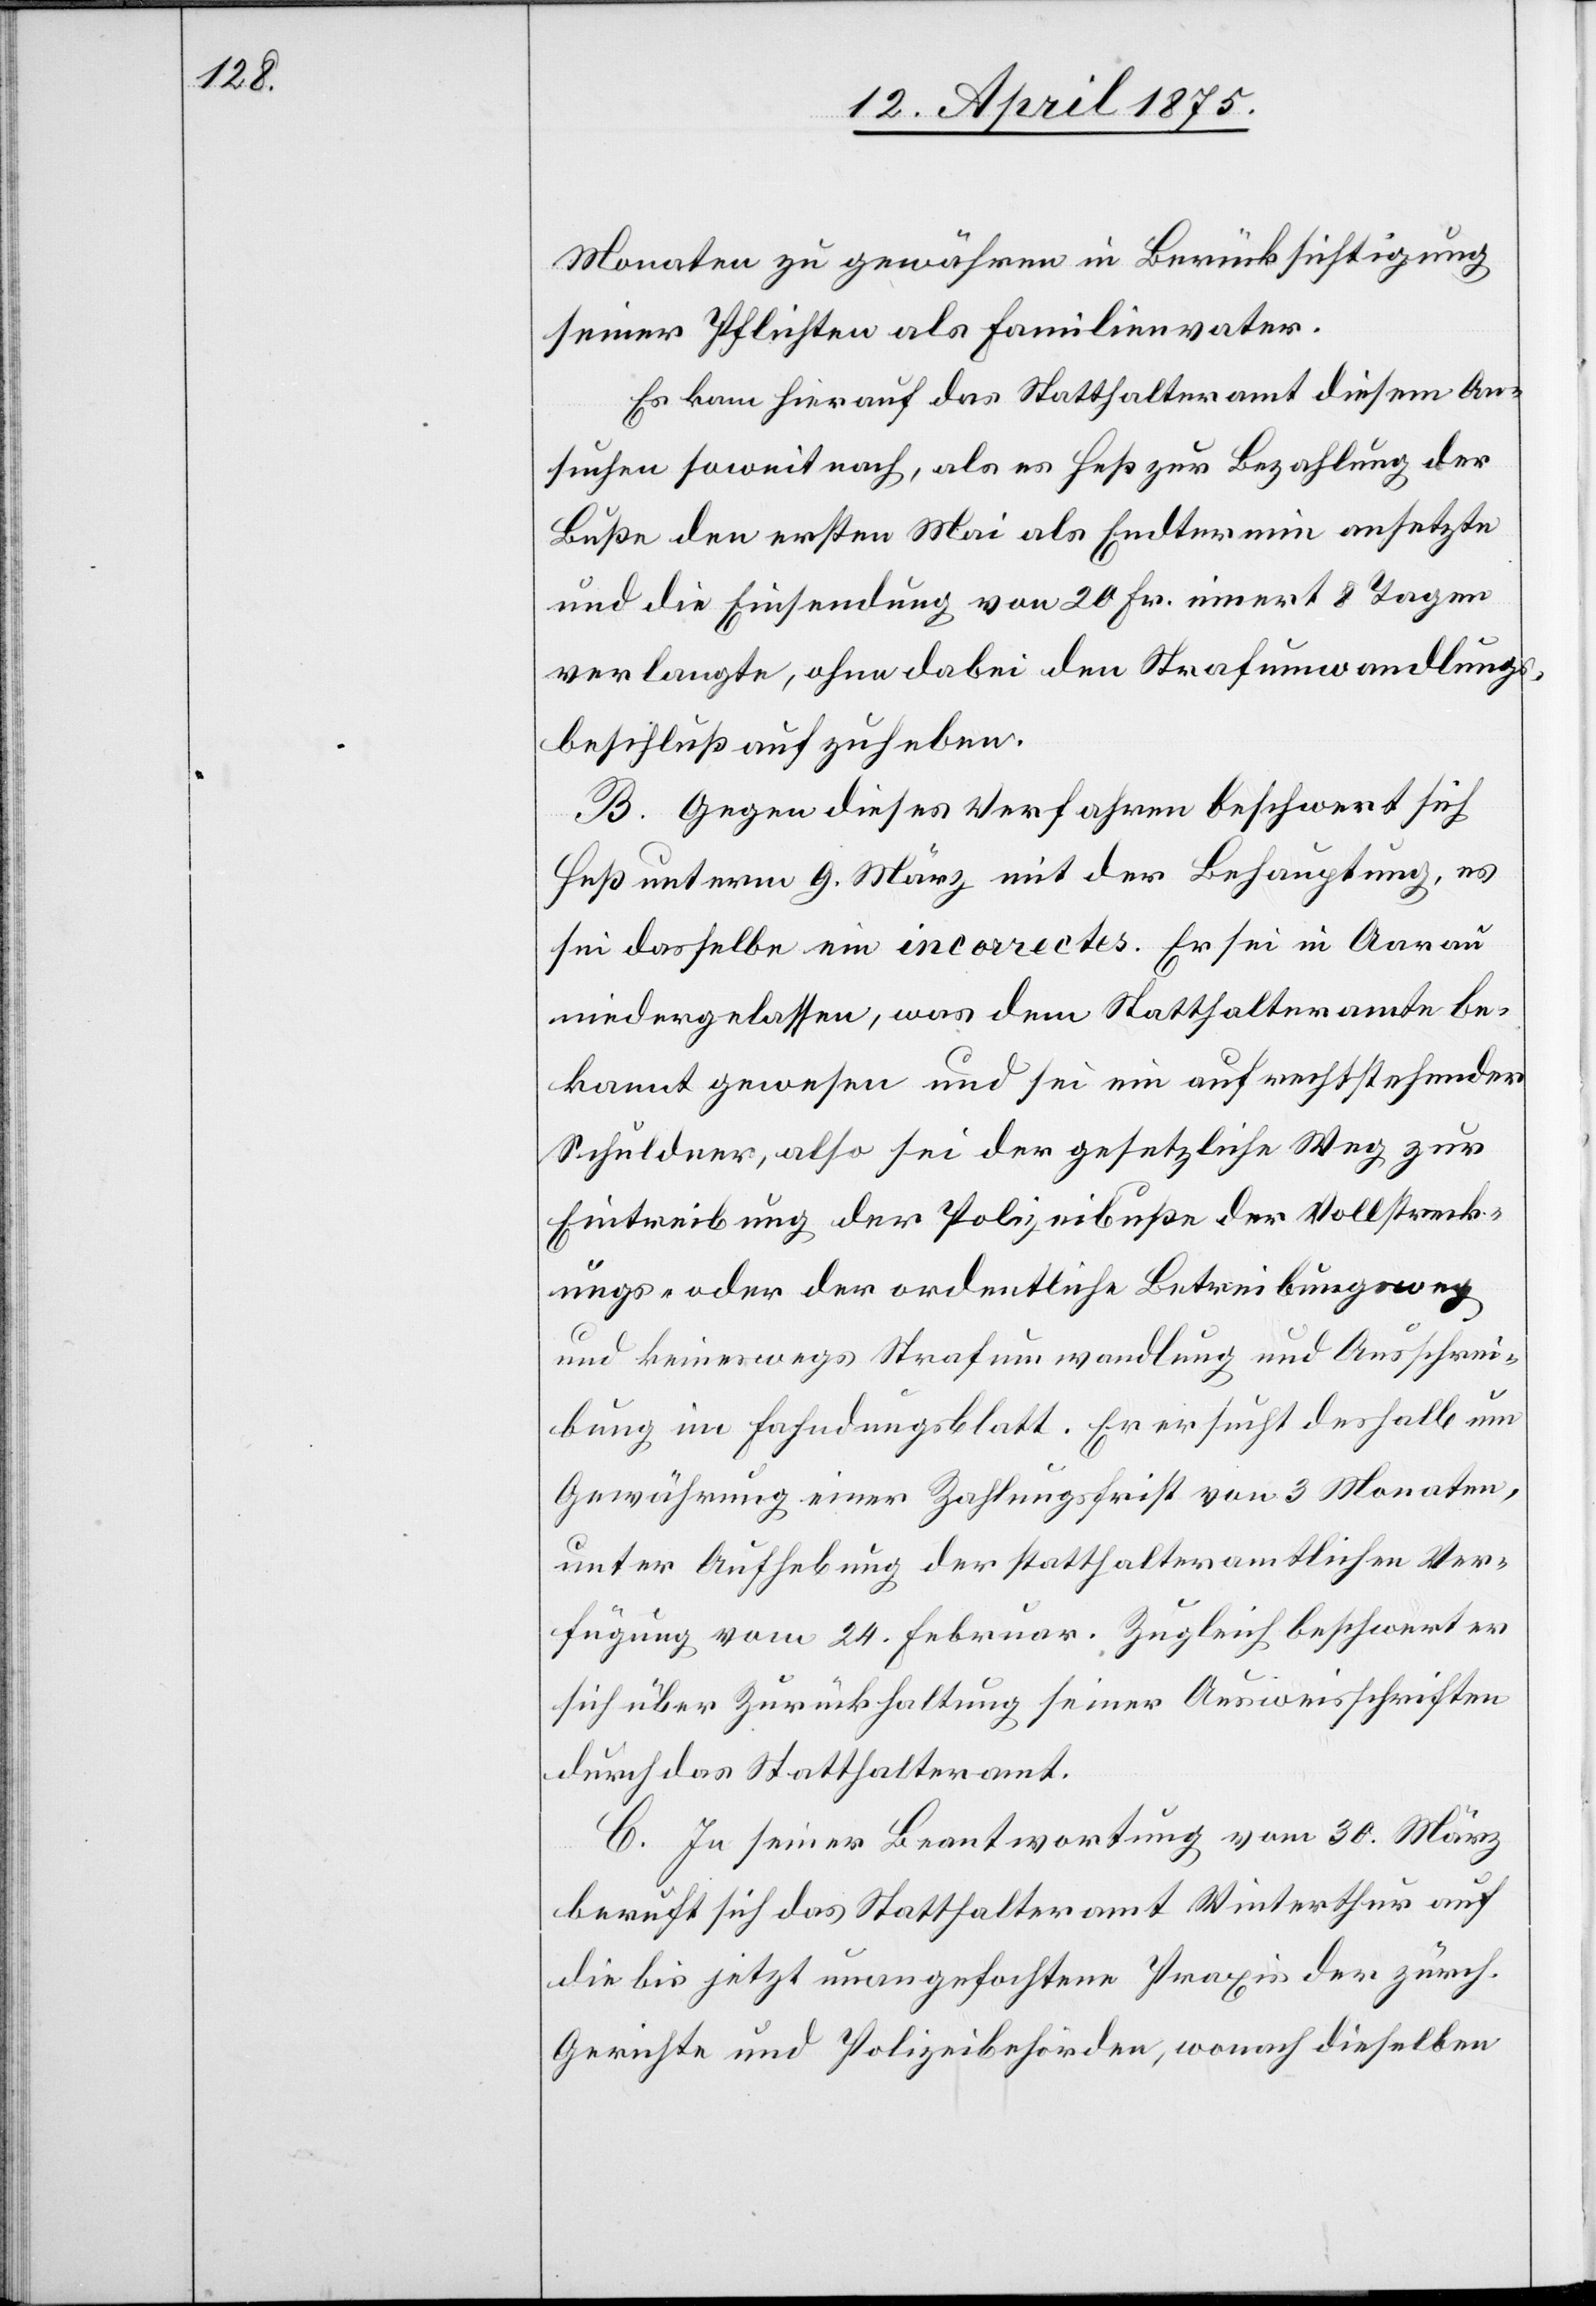
Monaten zu gewähren in Berücksichtigung
seiner Pflichten als Familienvater.
Es kam hierauf das Statthalteramt diesem An¬
suchen soweit nach, als es Heß zur Bezahlung der
Buße den ersten Mai als Endtermin ansetzte
und die Einsendung von 20 Fr. innert 8 Tagen
verlangte, ohne dabei den Strafumwandlungs¬
beschluß aufzuheben.
B. Gegen dieses Verfahren beschwert sich
Heß unterm 9. März mit der Behauptung, es
sei dasselbe ein incorrectes. Er sei in Aarau
niedergelassen, was dem Statthalteramte be¬
kannt gewesen und sei ein aufrechtstehender
Schuldner, also sei der gesetzliche Weg zur
Eintreibung der Polizeibuße der Vollstreck¬
ungs- oder der ordentliche Betreibungsweg
und keineswegs Strafumwandlung und Ausschrei¬
bung im Fahndungsblatt. Er ersucht deshalb um
Gewährung einer Zahlungsfrist von 3 Monaten,
unter Aufhebung der statthalteramtlichen Ver¬
fügung vom 24. Februar. Zugleich beschwert er
sich über Zurückhaltung seiner Ausweisschriften
durch das Statthalteramt.
C. In seiner Beantwortung vom 30. März
beruft sich das Statthalteramt Winterthur auf
die bis jetzt unangefochtene Praxis der zürch.
Gerichte und Polizeibehörden, wonach dieselben